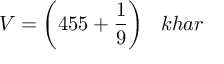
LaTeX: V = { \bigg ( } 4 5 5 + { \frac { 1 } { 9 } } { \bigg ) } \; \; \; k h a r